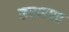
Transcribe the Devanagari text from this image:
करणपत